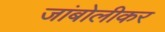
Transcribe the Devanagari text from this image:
जांबोलीकर